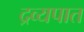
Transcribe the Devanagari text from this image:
द्रव्यपात